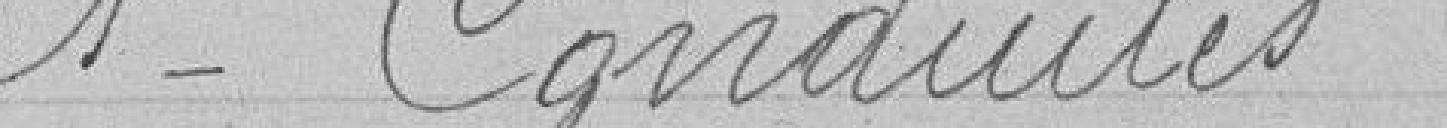
1°Conduite